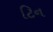
ટિન